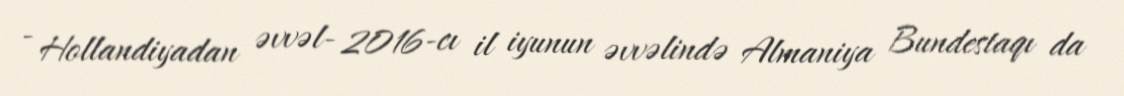
- Hollandiyadan əvvəl- 2016-cı il iyunun əvvəlində Almaniya Bundestaqı da